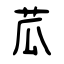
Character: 苽